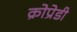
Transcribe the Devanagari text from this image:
क्रोप्रेडी